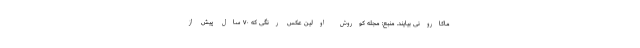
ماکارونی بیایند. منبع: مجله کوروش اولین عکس‌ رنگی که ۷۰ سال پیش از